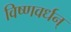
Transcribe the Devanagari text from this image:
विष्णवर्धन्